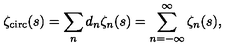
\zeta _ { \mathrm { \scriptsize c i r c } } ( s ) = \sum _ { n } d _ { n } \zeta _ { n } ( s ) = \sum _ { n = - \infty } ^ { \infty } \zeta _ { n } ( s ) ,